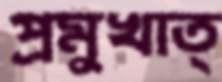
প্রমুখাত্